Annual report of the Punjab Veterinary College and of the Civil Veterinary Department, Punjab - 1894-1908
Year: 1894
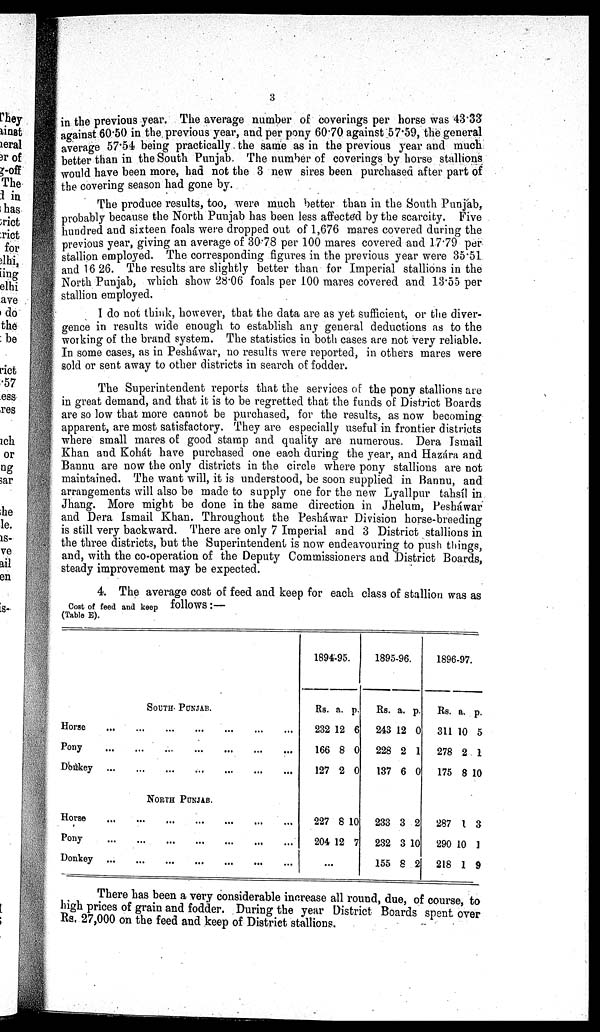
3
in the previous year. The average number of coverings per horse was 43.33
against 60.50 in the previous year, and per pony 60.70 against 57.59, the general
average 57.54 being practically the same as in the previous year and much
better than in the South Punjab. The number of coverings by horse stallions
would have been more, had not the 3 new sires been purchased after part of
the covering season had gone by.
The produce results, too, were much better than in the South Punjab,
probably because the North Punjab has been less affected by the scarcity. Five
hundred and sixteen foals were dropped out of 1,676 mares covered during the
previous year, giving an average of 30.78 per 100 mares covered and 17.79 per
stallion employed. The corresponding figures in the previous year were 35.51
and 16 26. The results are slightly better than for Imperial stallions in the
North Punjab, which show 28.06 foals per 100 mares covered and 13.55 per
stallion employed.
I do not think, however, that the data are as yet sufficient, or the diver-
gence in results wide enough to establish any general deductions as to the
working of the brand system. The statistics in both cases are not very reliable.
In some cases, as in Pesháwar, no results were reported, in others mares were
sold or sent away to other districts in search of fodder.
The Superintendent reports that the services of the pony stallions are
in great demand, and that it is to be regretted that the funds of District Boards
are so low that more cannot be purchased, for the results, as now becoming
apparent, are most satisfactory. They are especially useful in frontier districts
where small mares of good stamp and quality are numerous. Dera Ismail
Khan and Kohát have purchased one each during the year, and Hazára and
Bannu are now the only districts in the circle where pony stallions are not
maintained. The want will, it is understood, be soon supplied in Bannu, and
arrangements will also be made to supply one for the new Lyallpur tahsíl in
Jhang. More might be done in the same direction in Jhelum, Pesháwar
and Dera Ismail Khan. Throughout the Pesháwar Division horse-breeding
is still very backward. There are only 7 Imperial and 3 District stallions in
the three districts, but the Superintendent is now endeavouring to push things,
and, with the co-operation of the Deputy Commissioners and District Boards,
steady improvement may be expected.
Cost of feed and keep
(Table E).
4. The average cost of feed and keep for each class of stallion was as
follows:—
SOUTH-PUNJAB.
Horse
...
...
...
...
...
...
...
Pony
...
...
...
...
...
...
...
Donkey...
...
...
...
...
...
...
NORTH PUNJAB.
Horse
...
...
...
...
...
...
...
Pony...
...
...
...
...
...
...
Donkey...
...
...
...
...
...
...
1894-95.
Rs.
232
166
127
a.
12
8
2
p.
6
0
0
227
204
...
8
12
10
7
1895-96.
Rs.
243
228
137
a.
12
2
6
p.
0
1
0
233
232
155
3
3
8
2
10
2
1896-97.
Rs.
311
278
175
a.
10
2
8
p.
5
1
10
287
290
218
1
10
1
3
1
9
There has been a very considerable increase all round, due, of course, to
high prices of grain and fodder. During the year District Boards spent over
Rs. 27,000 on the feed and keep of District stallions.